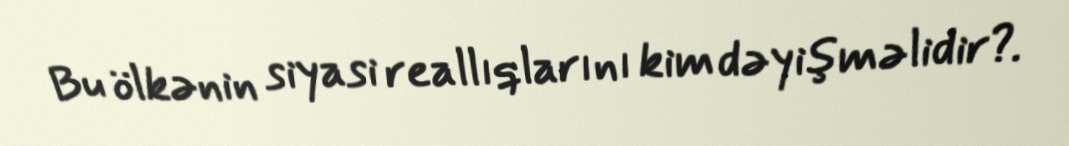
Bu ölkənin siyasi reallıqlarını kim dəyişməlidir?.